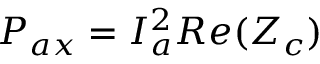
P _ { a x } = I _ { a } ^ { 2 } R e ( Z _ { c } )